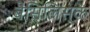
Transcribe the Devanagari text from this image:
बैसिलिस्क